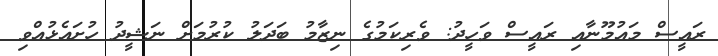
ރައީސް މައުމޫނާއި ރައީސް ވަހީދު: ވެރިކަމުގެ ނިޒާމު ބަދަލު ކުރުމަށް ނަޝީދު ހުށައެޅުއްވި